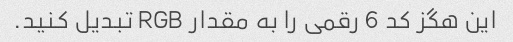
این هگز کد 6 رقمی را به مقدار RGB تبدیل کنید.